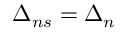
\Delta _ { n s } = \Delta _ { n }